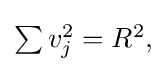
{\textstyle \sum v_{j}^{2}=R^{2},}